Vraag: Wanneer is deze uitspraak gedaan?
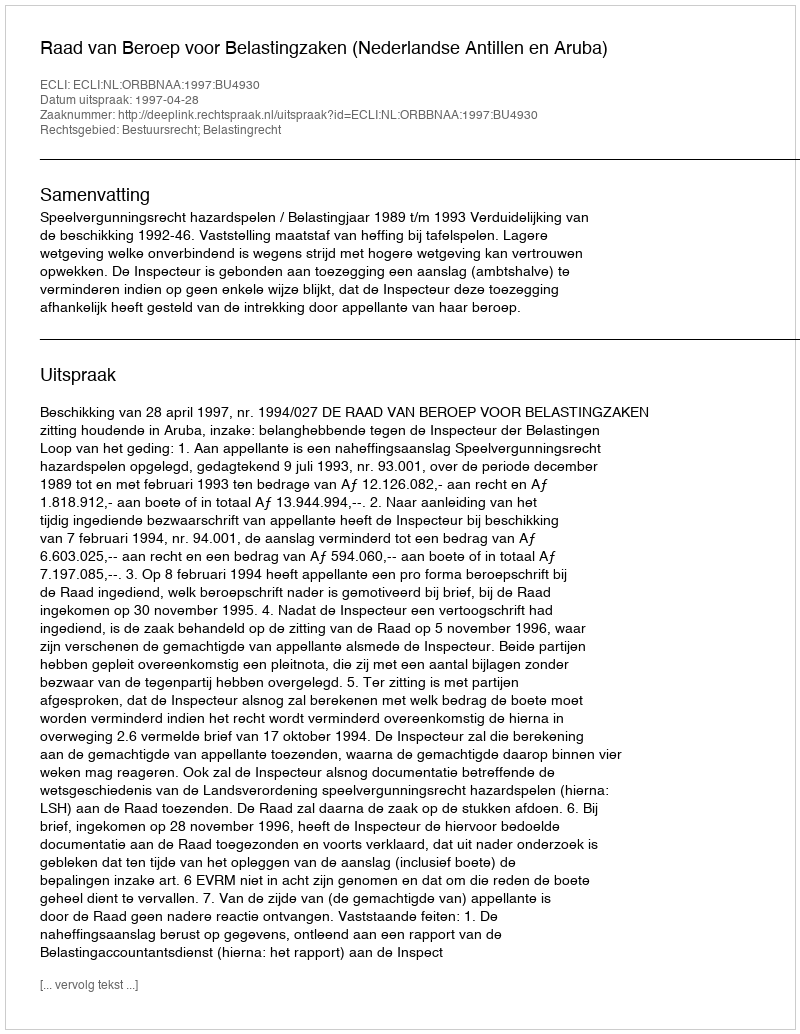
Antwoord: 1997-04-28